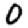
Digit: 0